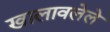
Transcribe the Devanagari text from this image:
खालावलेले